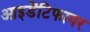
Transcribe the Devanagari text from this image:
आइडेंटिफायर